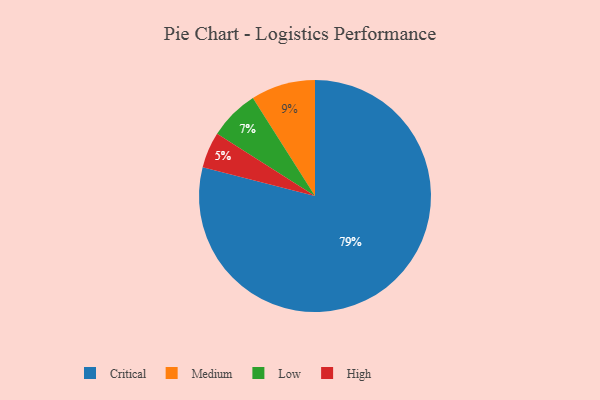
{"axis": {"x": "Category", "y": "Percentage"}, "legend": ["Critical", "High", "Low", "Medium"], "data": [{"x": "Low", "y": 7, "type": "Low"}, {"x": "Critical", "y": 79, "type": "Critical"}, {"x": "Medium", "y": 9, "type": "Medium"}, {"x": "High", "y": 5, "type": "High"}]}